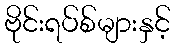
ဗိုင်းရပ်စ်များနှင့်